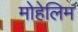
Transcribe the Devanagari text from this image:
मोहेलिम